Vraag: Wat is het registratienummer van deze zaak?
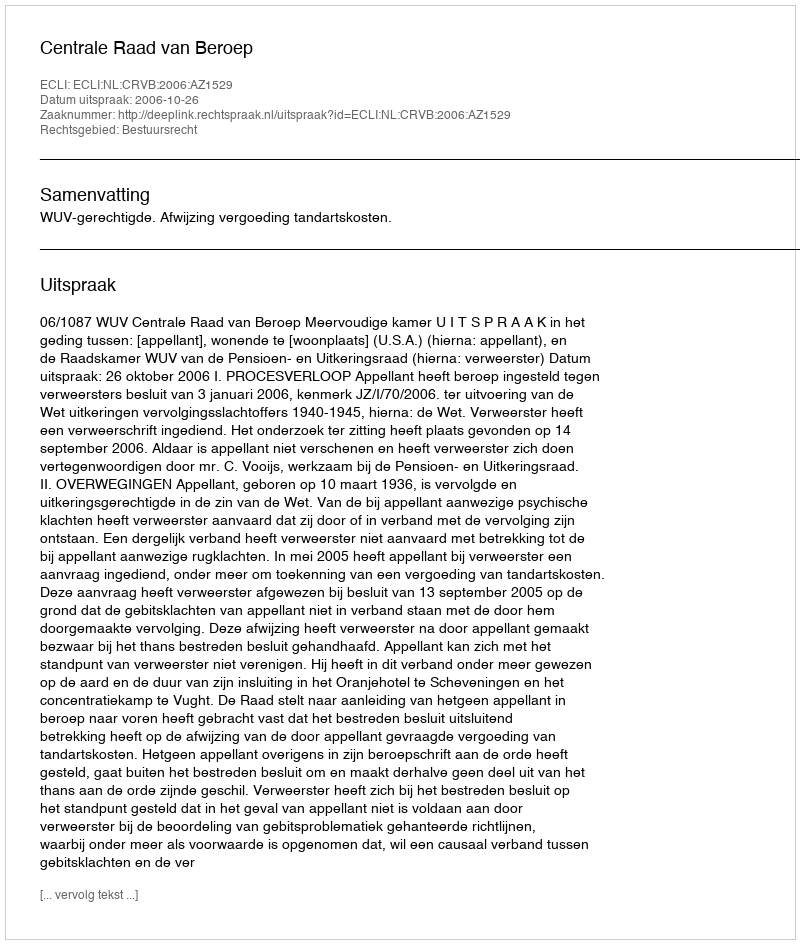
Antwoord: http://deeplink.rechtspraak.nl/uitspraak?id=ECLI:NL:CRVB:2006:AZ1529